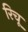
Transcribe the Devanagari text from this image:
रिचू